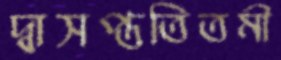
দ্বাসপ্ততিতমী